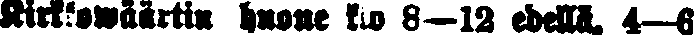
Kirkkowäärtin huone klo 8—12 edellä, 4—6